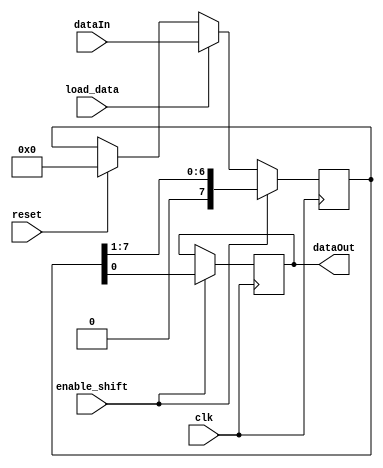
module ParallelLoad_ShiftOut_Enable_Register (input [7:0] dataIn, input load_data, input enable_shift, input clk, input reset, output dataOut);

	reg [7:0] dataInternal;
	always @ (posedge clk) begin
		if(reset) dataInternal <= 8'b0;
		
		if (load_data) dataInternal <= dataIn;
	
		if (enable_shift) begin
			dataOut <= dataInternal [0];
			dataInternal <= dataInternal >> 1;
		end
	end
endmodule